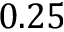
0 . 2 5